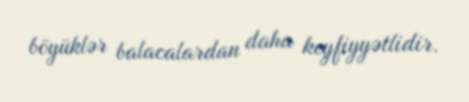
böyüklər balacalardan daha keyfiyyətlidir.